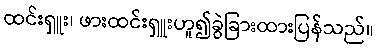
ထင်းရှူး၊ ဖားထင်းရှူးဟူ၍ခွဲခြားထားပြန်သည်။